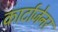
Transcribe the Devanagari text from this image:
कार्टाजेनर